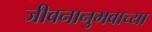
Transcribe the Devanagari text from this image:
जीवनानुभवाच्या